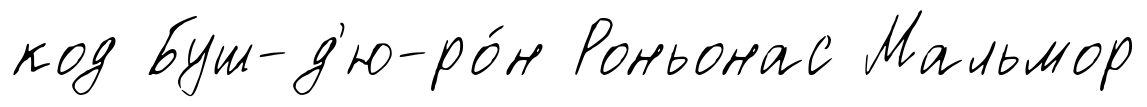
код Буш-д'ю-ро́н Роньонас Мальмор